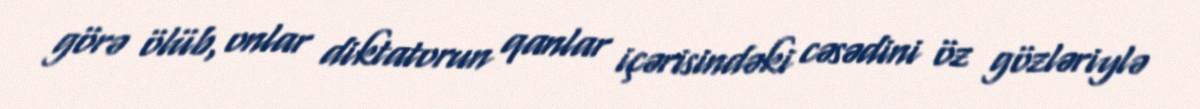
görə ölüb, onlar diktatorun qanlar içərisindəki cəsədini öz gözləriylə